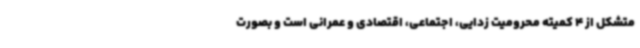
متشکل از 4 کمیته محرومیت زدایی، اجتماعی، اقتصادی و عمرانی است و بصورت